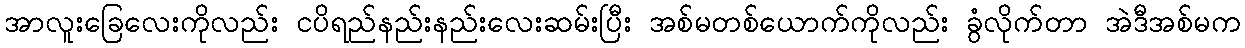
အာလူးခြေလေးကိုလည်း ငပိရည်နည်းနည်းလေးဆမ်းပြီး အစ်မတစ်ယောက်ကိုလည်း ခွံလိုက်တာ အဲဒီအစ်မက